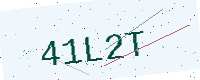
Text: 41L2T